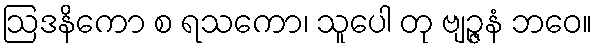
ဩဒနိကော စ ရသကော၊ သူပေါ တု ဗျဉ္ဇနံ ဘဝေ။